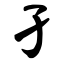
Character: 孑